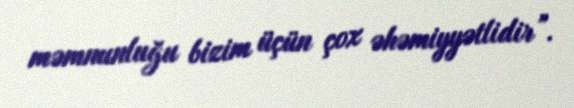
məmnunluğu bizim üçün çox əhəmiyyətlidir”.